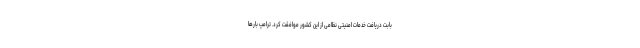
بابت دریافت خدمات امنیتی نظامی از این کشور موافقت کرد. ترامپ بارها